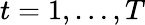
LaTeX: t=1,\dots,T